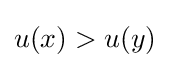
u(x)>u(y)